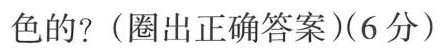
色的? (圈出正确答案)(6分)